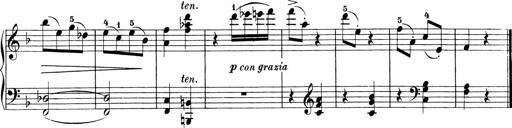
Title: Sonatinen Op.47, 98 und 136, nebst 6 Liedersonatinen
Composer: Carl Reinecke